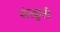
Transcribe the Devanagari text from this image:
संस्क्रुती